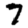
Digit: 7